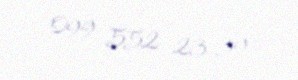
099 552 23 39